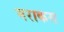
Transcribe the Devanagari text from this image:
मराकस